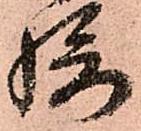
摂